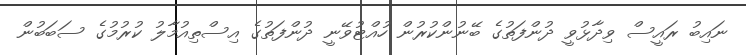
ނައިބު ރައީސް ވިދާޅުވީ ދުންފަތުގެ ބޭނުންކުރުން ހުއްޓުވޭނީ ދުންފަތުގެ އިސްތިއުމާލު ކުރުމުގެ ސަބަބުން